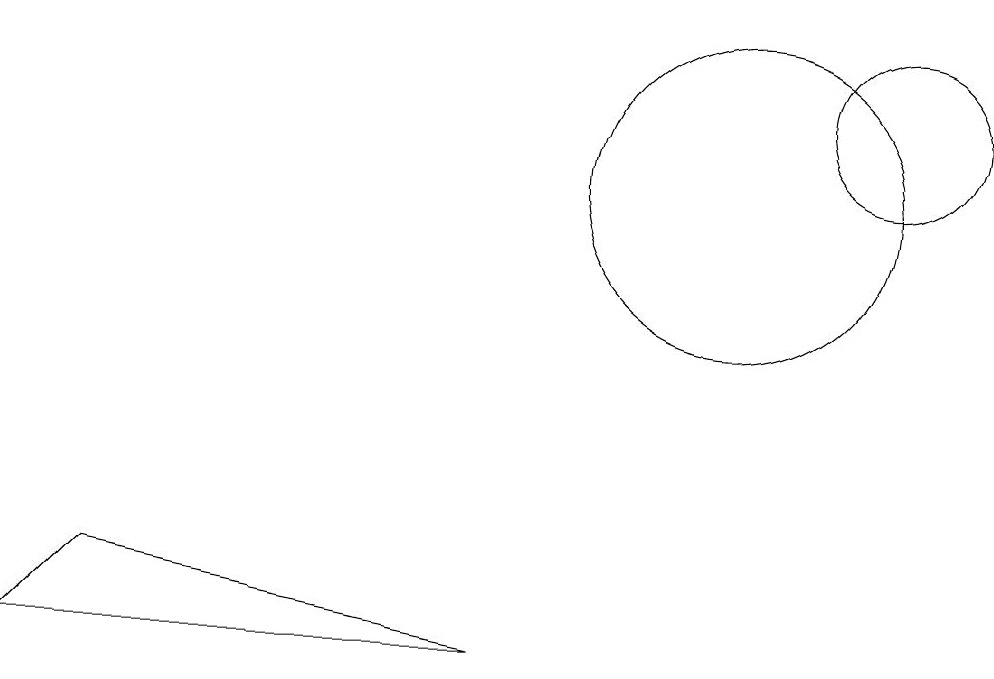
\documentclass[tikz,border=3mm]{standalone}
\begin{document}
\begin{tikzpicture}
\draw (1,4) -- (2,5) -- (7,4) -- cycle;
\draw (10,10) circle (2);
\draw (12,11) circle (1);
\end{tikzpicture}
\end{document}